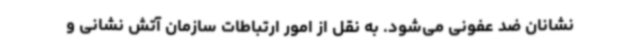
نشانان ضد عفونی می‌شود. به نقل از امور ارتباطات سازمان آتش نشانی و